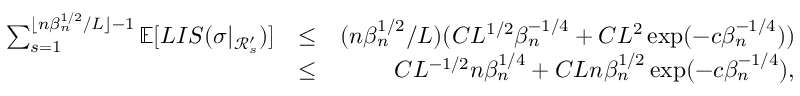
\begin{array} { r l r } { \sum _ { s = 1 } ^ { \lfloor n \beta _ { n } ^ { 1 \slash 2 } \slash L \rfloor - 1 } \mathbb { E } [ L I S ( \sigma | _ { \mathcal { R } _ { s } ^ { \prime } } ) ] } & { \leq } & { ( n \beta _ { n } ^ { 1 \slash 2 } \slash L ) ( C L ^ { 1 \slash 2 } \beta _ { n } ^ { - 1 \slash 4 } + C L ^ { 2 } \exp ( - c \beta _ { n } ^ { - 1 \slash 4 } ) ) } \\ & { \leq } & { C L ^ { - 1 \slash 2 } n \beta _ { n } ^ { 1 \slash 4 } + C L n \beta _ { n } ^ { 1 \slash 2 } \exp ( - c \beta _ { n } ^ { - 1 \slash 4 } ) , } \end{array}